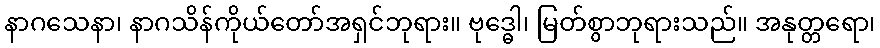
နာဂသေနာ၊ နာဂသိန်ကိုယ်တော်အရှင်ဘုရား။ ဗုဒ္ဓေါ၊ မြတ်စွာဘုရားသည်။ အနုတ္တရော၊